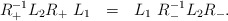
\begin{align*}R_{+}^{-1}L_{2}R_{+}~L_{1}~~=~~L_{1}~R_{-}^{-1}L_{2}R_{-}.\end{align*}